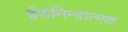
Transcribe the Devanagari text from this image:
ईशनिन्दात्मक